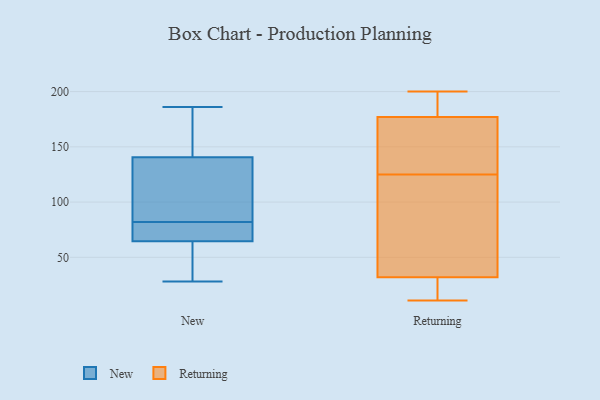
{"axis": {"x": "Latency (ms)", "y": "Value"}, "legend": ["New", "Returning"], "data": [{"x": "", "y": 99, "type": "New"}, {"x": "", "y": 71, "type": "New"}, {"x": "", "y": 69, "type": "New"}, {"x": "", "y": 74, "type": "New"}, {"x": "", "y": 70, "type": "New"}, {"x": "", "y": 136, "type": "New"}, {"x": "", "y": 156, "type": "New"}, {"x": "", "y": 138, "type": "New"}, {"x": "", "y": 28, "type": "New"}, {"x": "", "y": 89, "type": "New"}, {"x": "", "y": 60, "type": "New"}, {"x": "", "y": 45, "type": "New"}, {"x": "", "y": 46, "type": "New"}, {"x": "", "y": 159, "type": "New"}, {"x": "", "y": 186, "type": "New"}, {"x": "", "y": 157, "type": "New"}, {"x": "", "y": 58, "type": "New"}, {"x": "", "y": 143, "type": "New"}, {"x": "", "y": 75, "type": "New"}, {"x": "", "y": 101, "type": "New"}, {"x": "", "y": 185, "type": "Returning"}, {"x": "", "y": 21, "type": "Returning"}, {"x": "", "y": 20, "type": "Returning"}, {"x": "", "y": 146, "type": "Returning"}, {"x": "", "y": 11, "type": "Returning"}, {"x": "", "y": 62, "type": "Returning"}, {"x": "", "y": 200, "type": "Returning"}, {"x": "", "y": 131, "type": "Returning"}, {"x": "", "y": 177, "type": "Returning"}, {"x": "", "y": 122, "type": "Returning"}, {"x": "", "y": 35, "type": "Returning"}, {"x": "", "y": 65, "type": "Returning"}, {"x": "", "y": 196, "type": "Returning"}, {"x": "", "y": 26, "type": "Returning"}, {"x": "", "y": 128, "type": "Returning"}, {"x": "", "y": 32, "type": "Returning"}, {"x": "", "y": 146, "type": "Returning"}, {"x": "", "y": 178, "type": "Returning"}]}